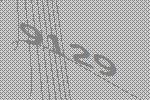
9129